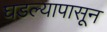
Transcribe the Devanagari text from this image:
घडल्यापासून